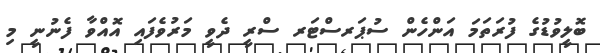
ބޮލީވުޑުގެ ފުރަތަމަ އަންހެން ސުޕަރސްޓަރ ސްރީ ދެވީ މަރުވެފައި އޮއްވާ ފެނުނީ މި